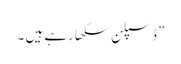
” ڈسپلن سکھا رہے ہیں ۔